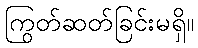
ကြွတ်ဆတ်ခြင်းမရှိ။